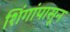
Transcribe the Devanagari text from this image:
शिंगांपासून